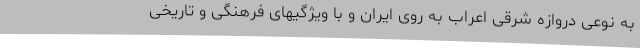
به نوعی دروازه شرقی اعراب به روی ایران و با ویژگیهای فرهنگی و تاریخی